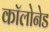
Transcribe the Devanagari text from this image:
कॉलोनेड